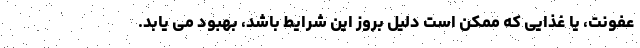
عفونت، یا غذایی که ممکن است دلیل بروز این شرایط باشد، بهبود می یابد.